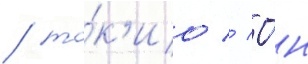
/ то́к'ио // О́н